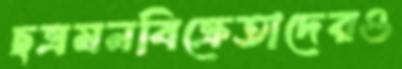
ছত্রমনবিক্রেতাদেরও